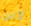
لابن